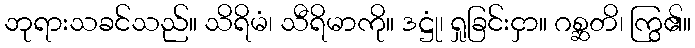
ဘုရားသခင်သည်။ သိရိမံ၊ သီရိမာကို။ ဒဋ္ဌုံ၊ ရှုခြင်းငှာ။ ဂစ္ဆတိ၊ ကြွ၏။